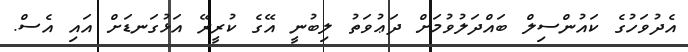
އެދުވަހުގެ ކައުންސިލް ބައްދަލުވުމަށް ދަޢުވަތު ލިބުނީ އޭގެ ކުރީރޭ އަޅުގަނޑަށް އައި އެސް.